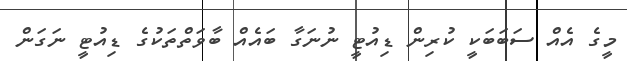
މީގެ އެއް ސަބަބަކީ ކުރިން ޑިއުޓީ ނުނަގާ ބައެއް ބާވަތްތަކުގެ ޑިއުޓީ ނަގަން